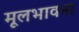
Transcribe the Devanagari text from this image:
मूलभावना